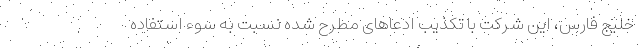
خلیج فارس، این شرکت با تکذیب ادعاهای مطرح شده نسبت به سوء استفاده